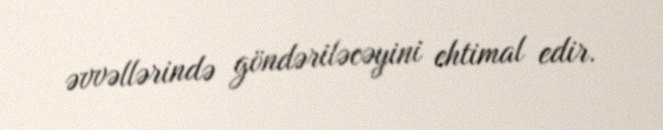
əvvəllərində göndəriləcəyini ehtimal edir.